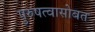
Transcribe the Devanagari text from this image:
पुरुषत्वासोबत